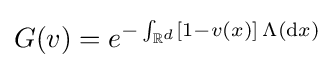
G(v)=e^{-\int _{\mathbb {R} ^{d}}[1-v(x)]\,\Lambda (\mathrm {d} x)}